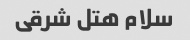
سلام هتل شرقی